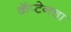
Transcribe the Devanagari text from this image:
कॅप्टेनचा